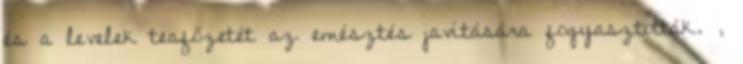
és a levelek teafőzetét az emésztés javítására fogyasztották. ,